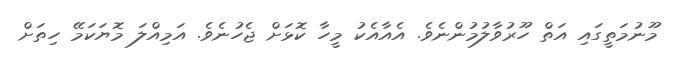
މޫނުމަތީގައި އަތް ހޫރުވާލުމުންނެވެ. އެއާއެކު މީހާ ކޮޅަށް ޖެހުނެވެ. އަމިއްލަ މޮޔަކަމޭ ހިތަށް